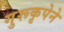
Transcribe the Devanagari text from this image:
गुरूकृपेने